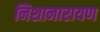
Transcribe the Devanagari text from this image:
निशानारायण